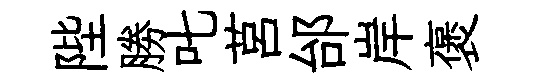
陛勝叱莒邰岸褒